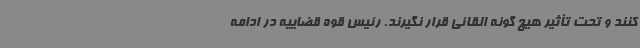
کنند و تحت تأثیر هیچ گونه القائی قرار نگیرند. رئیس قوه قضاییه در ادامه